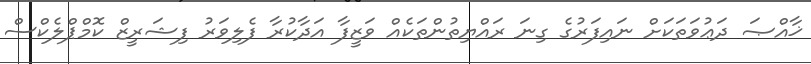
ޚާއްޞަ ދަޢުވަތަކަށް ނައިފަރުގެ ގިނަ ރައްޔިތުންތަކެއް ވަޒީފާ އަދާކުރާ ފެލިވަރު ފިޝަރީޒް ކޮމްޕްލެކްސް